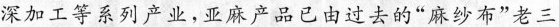
深加工等系列产业，亚麻产品已由过去的”麻纱布”老三